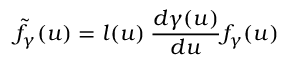
{ \tilde { f } } _ { \gamma } ( u ) = l ( u ) \: \frac { d \gamma ( u ) } { d u } f _ { \gamma } ( u )